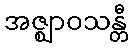
အဇ္ဈာဝသန္တီ